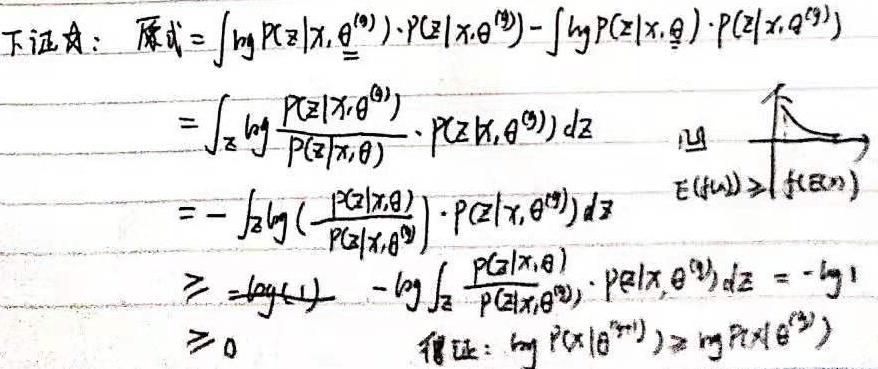
下证：
原式
\[
\begin{align*}
&=\int \log P(Z|X,\theta^{(t)})\cdot P(Z|X,\theta^{(t)})-\int \log P(Z|X,\theta)\cdot P(Z|X,\theta^{(t)})\\
&=\int_Z \log \frac{P(Z|X,\theta^{(t)})}{P(Z|X,\theta)}\cdot P(Z|X,\theta^{(t)})dZ\\
&=-\int_Z \log (\frac{P(Z|X,\theta)}{P(Z|X,\theta^{(t)})})\cdot P(Z|X,\theta^{(t)})dZ\\
&\geq \log(1)-\log \int_Z \frac{P(Z|X,\theta)}{P(Z|X,\theta^{(t)})}\cdot P(Z|X,\theta^{(t)})dZ=-\log 1\\
&\geq 0
\end{align*}
\]
得证：\(\log P(X|\theta^{(t + 1)})\geq\log P(X|\theta^{(t)})\)